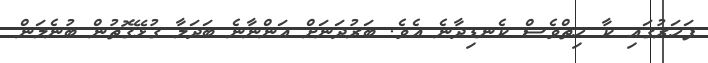
ފަހަރުގައި ކާ ހިތްވެސް ކެނޑިދާނެ އެވެ. ބަރުދަނަށް އަންނާނެ ބަދަލާ ގުޅޭގޮތުން ބުނެލަން